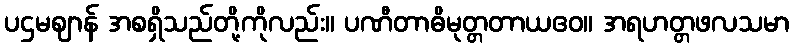
ပဌမဈာန် အစရှိသည်တို့ကိုလည်း။ ပဏီတာဓိမုတ္တတာယဧဝ။ အရဟတ္တဖလသမာ